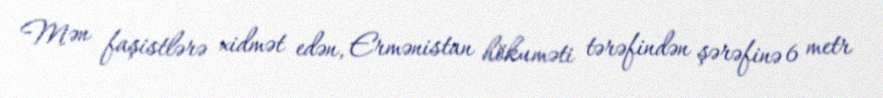
Mən faşistlərə xidmət edən, Ermənistan hökuməti tərəfindən şərəfinə 6 metr